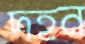
দহন